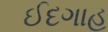
ઈદગાહ